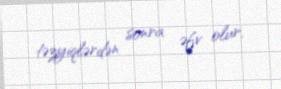
təzyiqlərdən sonra əfv olur.